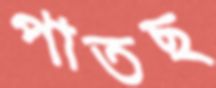
পাতছ